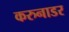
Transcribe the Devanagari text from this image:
करुनाडर